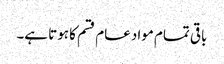
باقی تمام مواد عام قسم کا ہوتا ہے۔